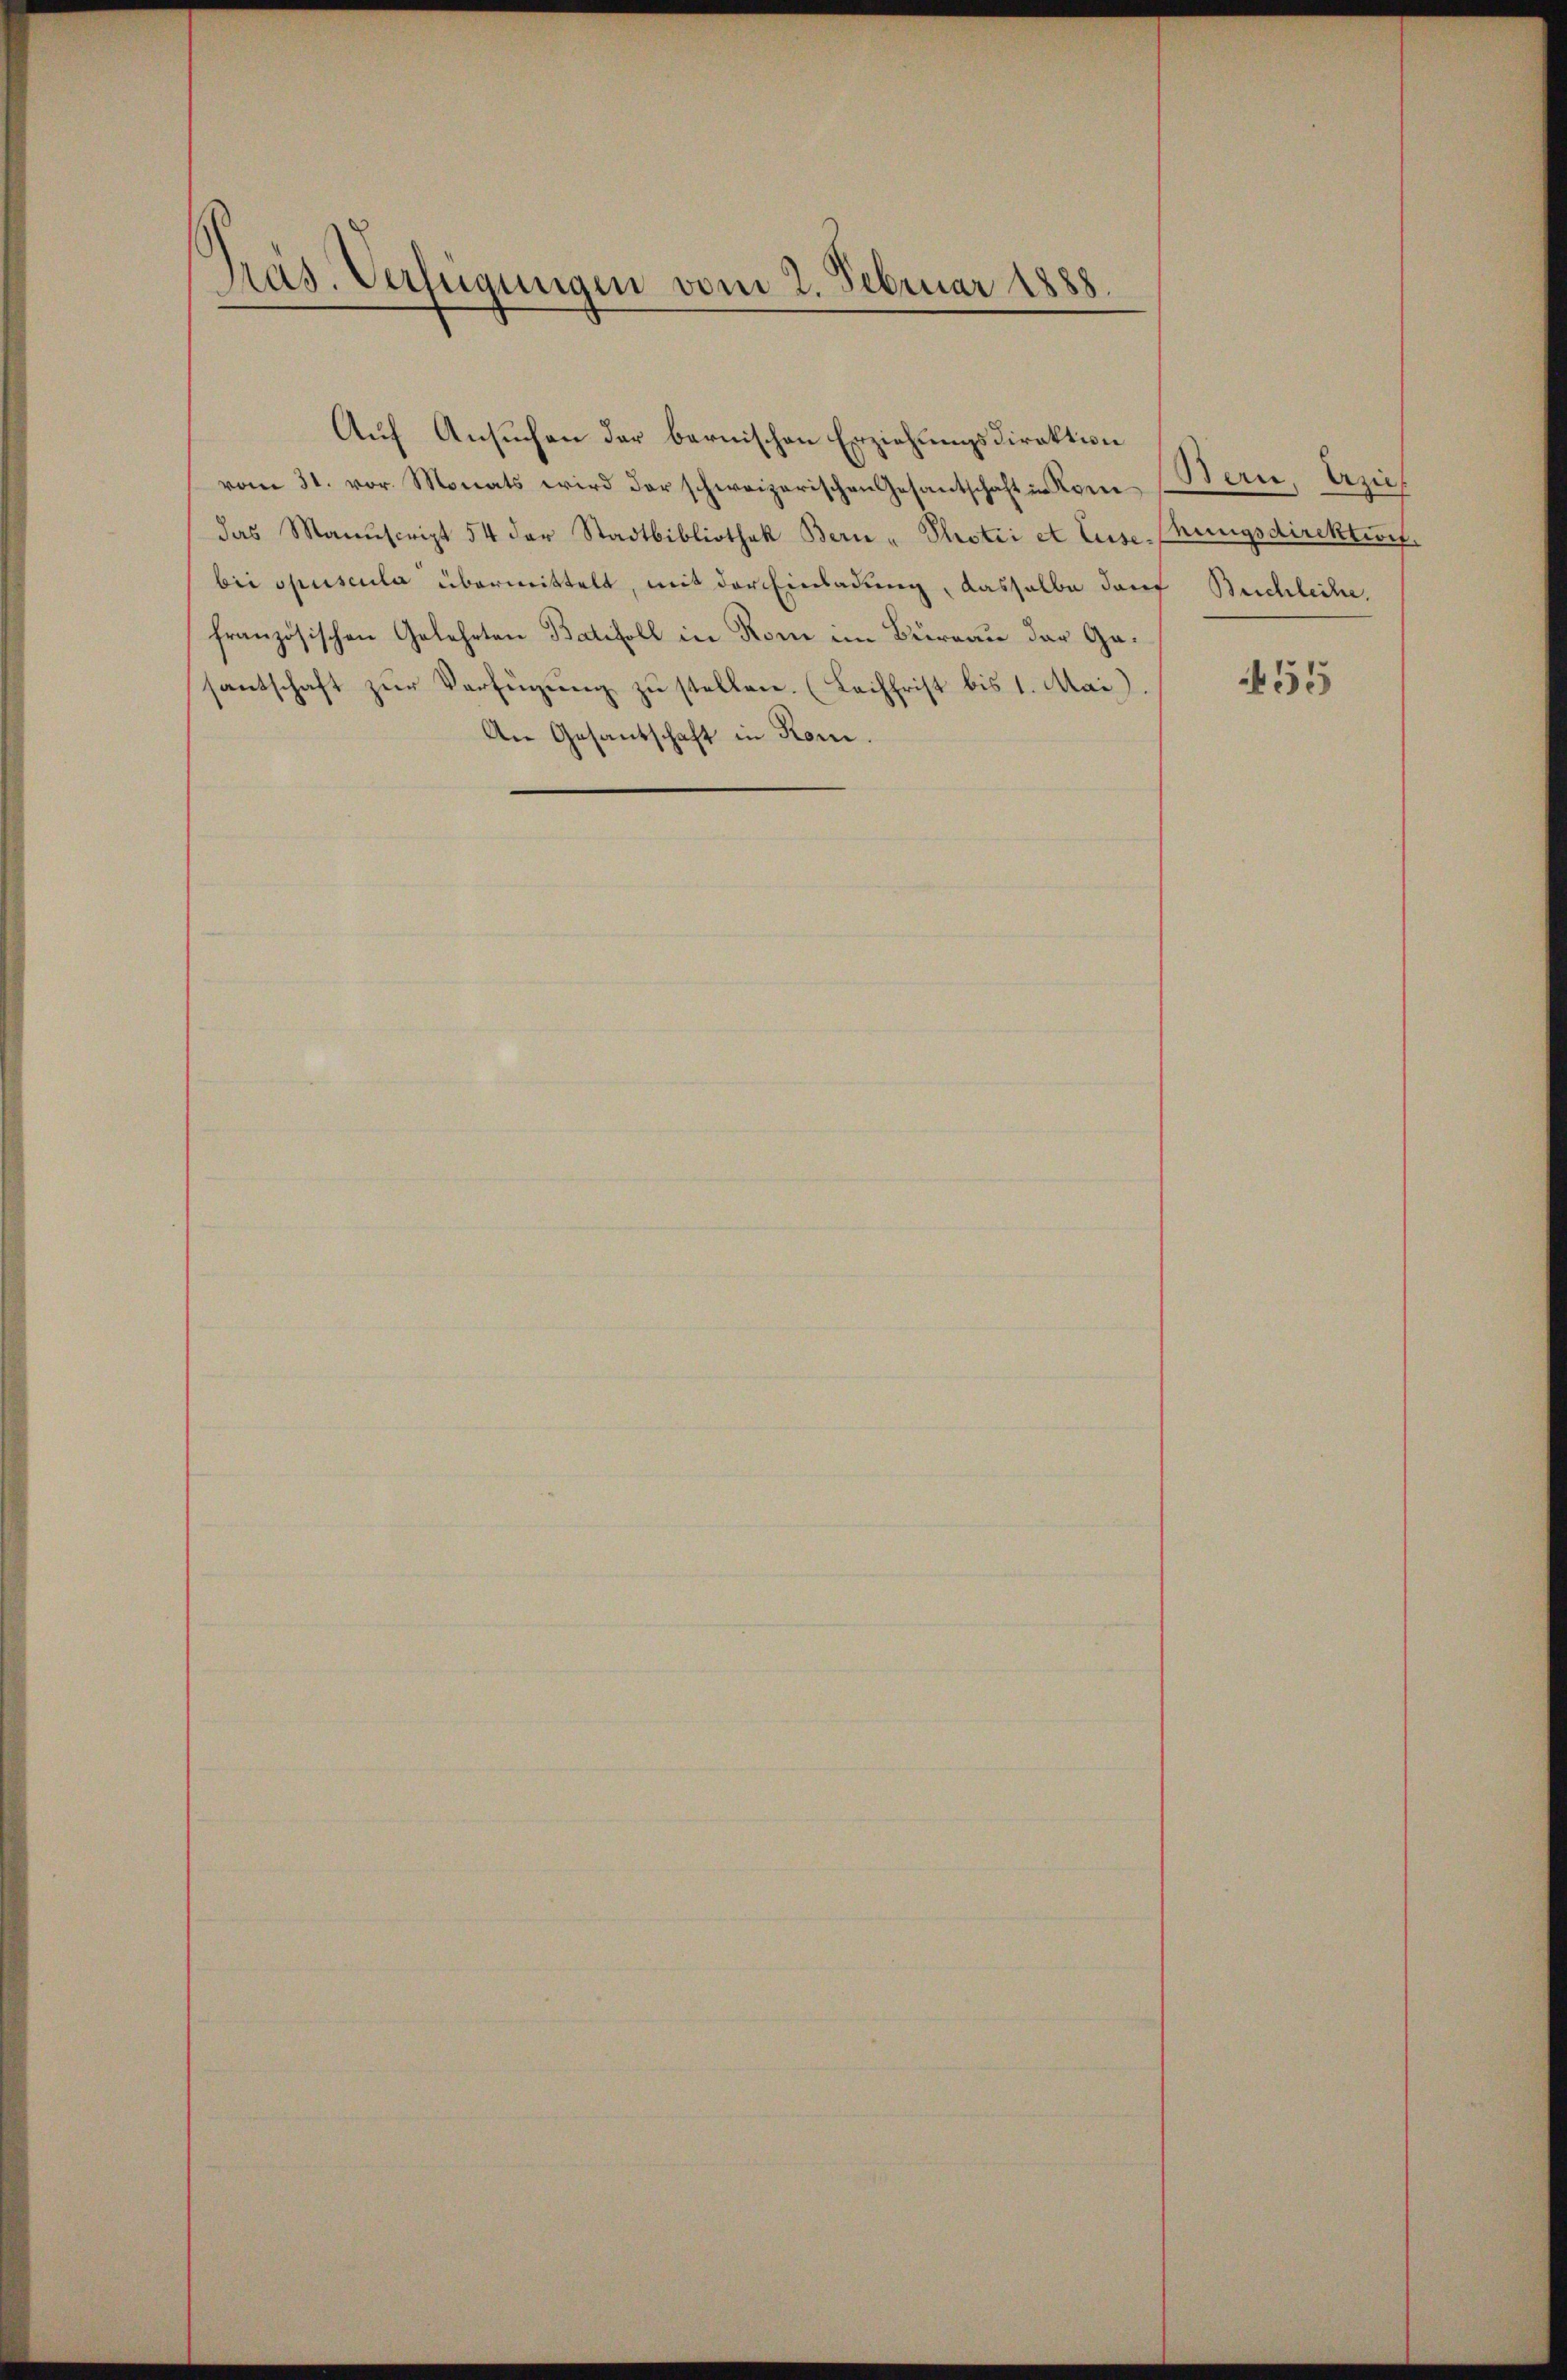
Präs. Verfügungen vom 2. Februar 1888.

das Manuscript 54 der Stadtbibliothek Bern - Protii et luse-Phungsdirektionf.
bii opuscula übermittelt, mit der Einladung, dasselbe darf Buchleihe,
französischen Gelehrten Batifoll in Kome im Büreau der Gesantschaft zŭr Verfügung zu stellen. (Laihfrist bis 1. Mai)
An Gesantschaft in Rom.

vom 31. vor. Monats wird der schweizerischen Gesantschaft in Kome

Auf Ansuchen der bernischen Erziehungsdirektion

Bern, Erzieh

455